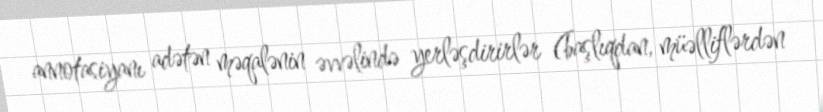
annotasiyanı adətən məqalənin əvvəlində yerləşdirirlər (başlıqdan, müəlliflərdən